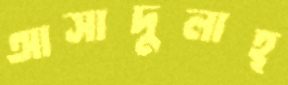
আসাদুলাহ্